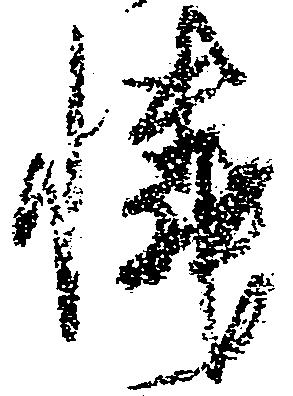
憐